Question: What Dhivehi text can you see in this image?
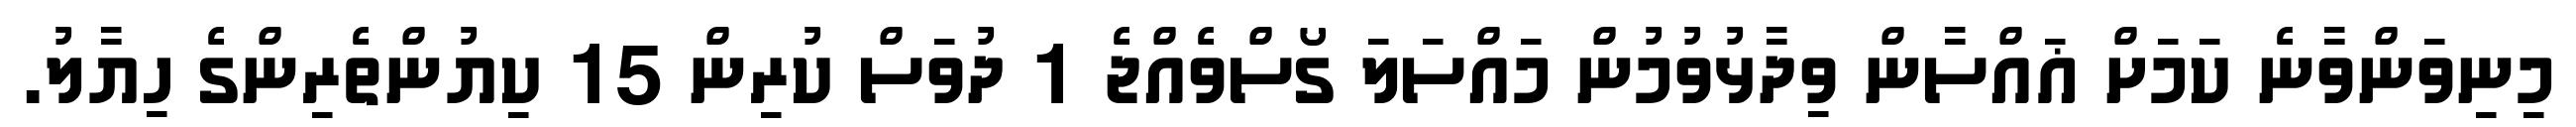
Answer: މިނިވަންވާނެ ކަމަށް ޣައްސާން ވިދާޅުވުމުން މައްސަލަ ގޯސްވެއްޖެ 1 ދުވަސް ކުރިން 15 ކިޔުންތެރިންގެ ހިޔާލު.